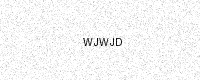
Text: WJWJD